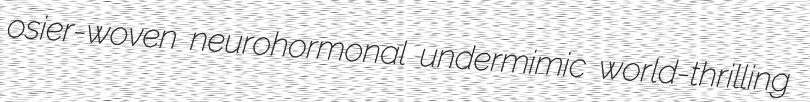
osier-woven neurohormonal undermimic world-thrilling